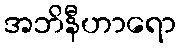
အဘိနီဟာရော